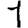
Digit: 1